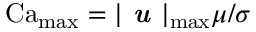
\operatorname { C a } _ { \operatorname* { m a x } } = | \textbf { \em u } | _ { \operatorname* { m a x } } \mu / \sigma